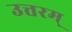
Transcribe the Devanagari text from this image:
उत्तरम्